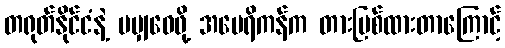
တရုတ်နိုင်ငံနဲ့ မမျှဝေဖို့ အမေရိကန်က တားမြစ်ထားတာကြောင့်